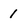
Character: 1